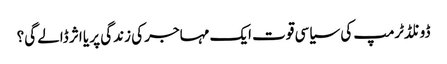
ڈونلڈٹرمپ کی سیاسی قوت ایک مہاجر کی زندگی پر یا اثر ڈالے گی؟